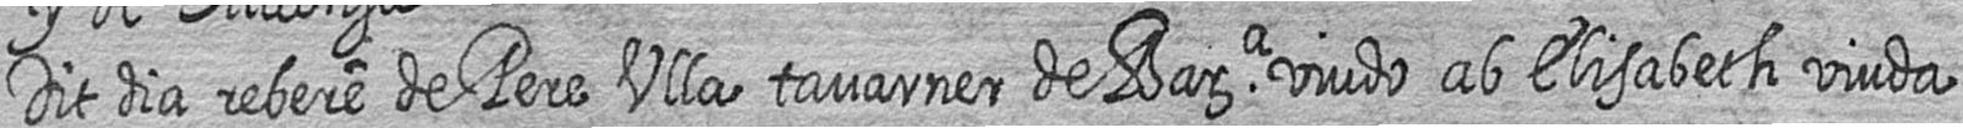
Dit dia rebere de Pere Ulla tavarner de Bara viudo ab Elisabeth viuda